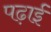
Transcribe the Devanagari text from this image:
पढ़ाईं